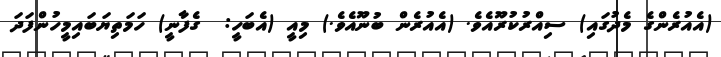
(އެއުރެންގެ މެދުގައި) ސިއްރުކުރޫއެވެ. (އެއުރެން ބުނޫއެވެ.) މިއީ (އެބަހީ:  ގެފާނީ) ހަމަތިޔަބައިމީހުންފަދަ